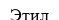
Этил